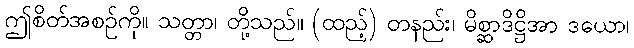
ဤစိတ်အစဉ်ကို။ သတ္တာ၊ တို့သည်။ (ထည့်) တနည်း၊ မိစ္ဆာဒိဋ္ဌိအာ ဒယော၊